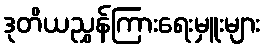
ဒုတိယညွှန်ကြားရေးမှူးများ